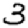
Digit: 3